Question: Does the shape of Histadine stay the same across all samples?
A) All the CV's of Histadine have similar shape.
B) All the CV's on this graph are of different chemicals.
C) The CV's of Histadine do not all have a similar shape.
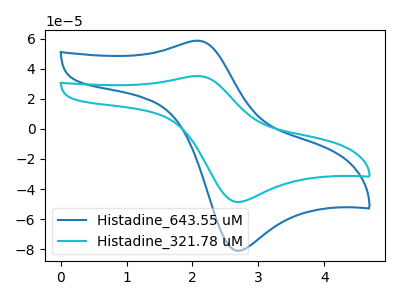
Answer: <think>The blue curve "Histadine_643.55 uM" has an anodic peak at (2.05V, 58.75uA) and a cathodic peak at (2.65V, -81.05uA). The cyan curve "Histadine_321.78 uM" has an anodic peak at (2.05V, 35.25uA) and a cathodic peak at (2.65V, -48.60uA).
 All the peaks in "Histadine_643.55 uM" have a peak in "Histadine_321.78 uM" at the same potential. Every peak in "Histadine_643.55 uM" is higher than every peak in "Histadine_321.78 uM".</think>
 <answer>A) All the CV's of "Histadine" have similar shape.</answer>
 <eval>A</eval>